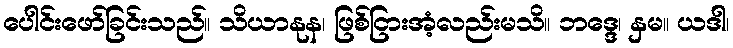
ပေါင်းဖော်ခြင်းသည်။ သိယာနုန၊ ဖြစ်ငြားအံ့လည်းမသိ။ ဘဒ္ဒေ၊ နှမ။ ယဒါ၊